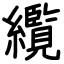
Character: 䌫